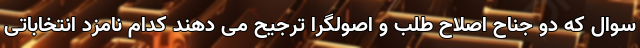
سوال که دو جناح اصلاح طلب و اصولگرا ترجیح می دهند کدام نامزد انتخاباتی